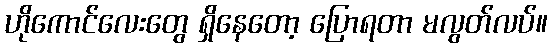
ဟိုကောင်လေးတွေ ရှိနေတော့ ပြောရတာ မလွတ်လပ်။